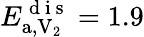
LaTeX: E_{\mathrm{a},\mathrm{V}_{2}}^{\mathrm{~d~i~s~}}=1.9